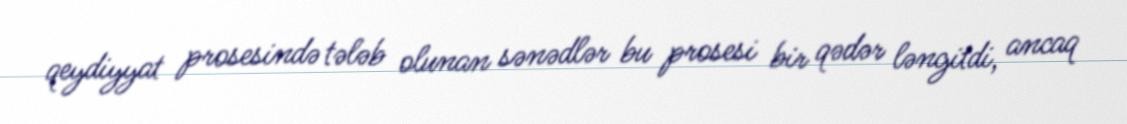
qeydiyyat prosesində tələb olunan sənədlər bu prosesi bir qədər ləngitdi, ancaq